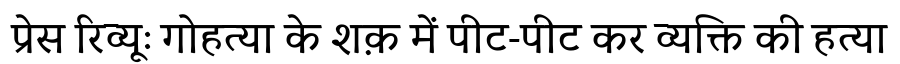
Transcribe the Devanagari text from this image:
प्रेस रिव्यूः गोहत्या के शक़ में पीट-पीट कर व्यक्ति की हत्या